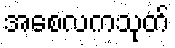
အစေလကသုတ်